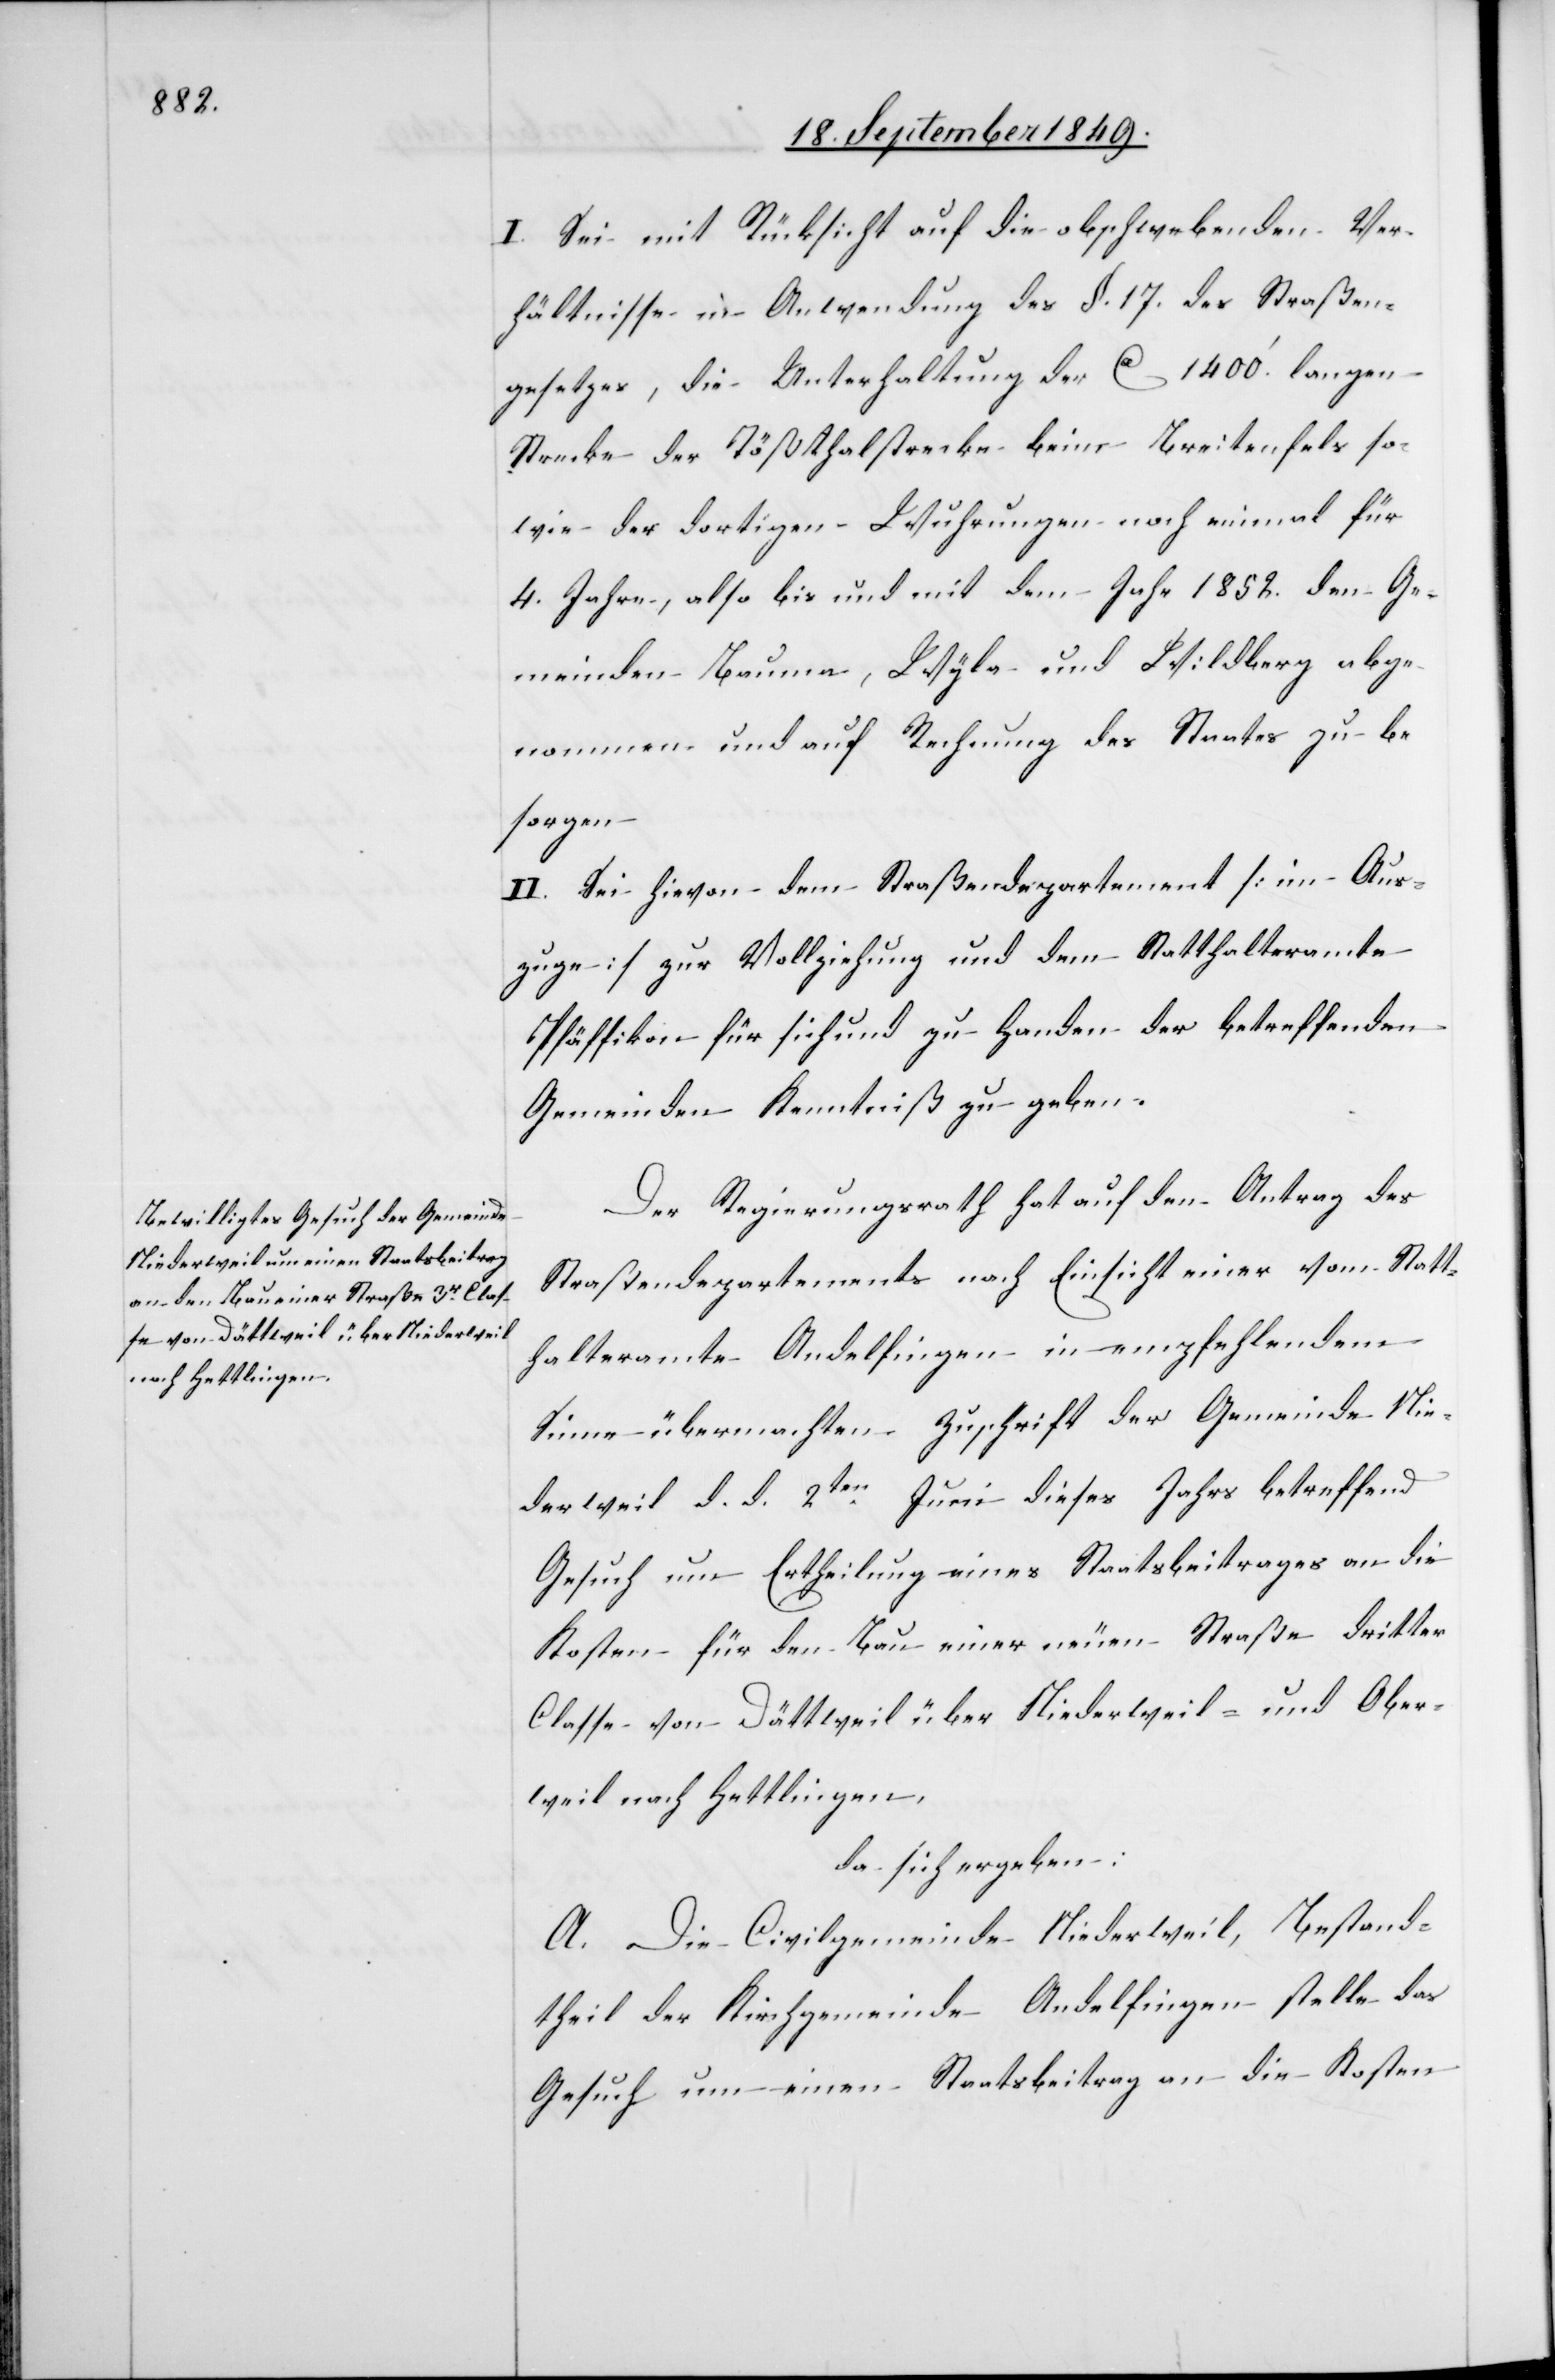
I. Sei mit Rücksicht auf die obschwebenden Ver¬
hältnisse in Anwendung des §. 17. des Straßen¬
gesetzes, die Unterhaltung der ca 1400‘ langen
Strecke der Tößthalstrecke beim Breitenfels so¬
wie der dortigen Wuhrungen noch einmal für
4. Jahre, also bis und mit dem Jahr 1852. den Ge¬
meinden Bauma, Wyla und Wildberg abge¬
nommen und auf Rechnung des Staates zu be¬
sorgen.
II. Sei hievon dem Straßendepartement [im Aus¬
zuge] zur Vollziehung und dem Statthalteramte
Pfäffikon für sich und zu Handen der betreffenden
Gemeinden Kenntniß zu geben.
Der Regierungsrath hat auf den Antrag des
raßendepartements nach Einsicht einer vom Statt¬
halteramte Andelfingen in empfehlendem
Sinne übermachten Zuschrift der Gemeinde Nie¬
derweil d. d. 2ten Juni dieses Jahrs betreffend
Gesuch um Ertheilung eines Staatsbeitrages an die
Kosten für den Bau einer neuen Straße dritter
Classe von Dättweil über Niederweil- und Ober¬
weil nach Hettlingen,
da sich ergeben:
A. Die Civilgemeinde Niederweil, Bestand¬
theil der Kirchgemeinde Andelfingen stelle das
Gesuch um einen Staatsbeitrag an die Kosten